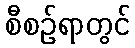
စီစဉ်ရာတွင်